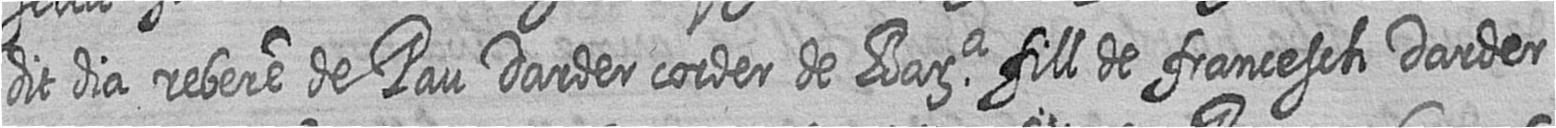
dit dia rebere de Pau Darder corder de Bara fill de francesch Darder